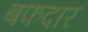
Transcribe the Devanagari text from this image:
बफदार